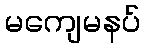
မကျေမနပ်